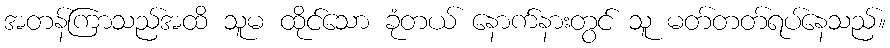
အတန်ကြာသည်အထိ သူမ ထိုင်သော ခုံတယ် နောက်နားတွင် သူ မတ်တတ်ရပ်နေသည်။